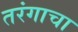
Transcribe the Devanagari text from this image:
तरंगाचा